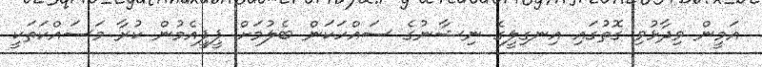
އަމީން ވިދާޅުވި ގޮތުގައި އިނގިލީގެ ނިޝާނުގެ ސައްހަކަން ބެލުމަށް ޕީޕީއެމުން ކުރާ މަސައްކަތަކީ